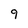
Character: 9